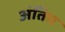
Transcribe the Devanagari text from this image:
अंतिम